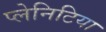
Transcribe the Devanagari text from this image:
प्लेनिटिया